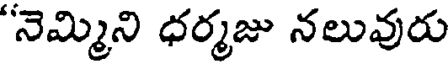
'నెమ్మిని ధర్మజు నలువురు